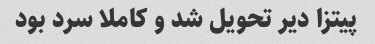
پیتزا دیر تحویل شد و کاملا سرد بود